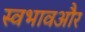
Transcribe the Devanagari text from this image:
स्वभावऔर